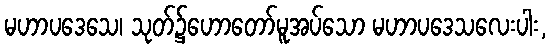
မဟာပဒေသေ၊ သုတ်၌ဟောတော်မူအပ်သော မဟာပဒေသလေးပါး,